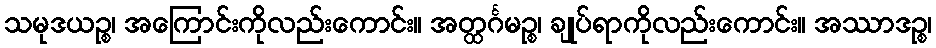
သမုဒယဉ္စ၊ အကြောင်းကိုလည်းကောင်း။ အတ္ထင်္ဂမဉ္စ၊ ချုပ်ရာကိုလည်းကောင်း။ အဿာဒဉ္စ၊